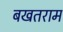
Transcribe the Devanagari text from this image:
बखतराम